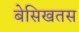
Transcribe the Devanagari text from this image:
बेसिखतस